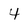
Character: 4